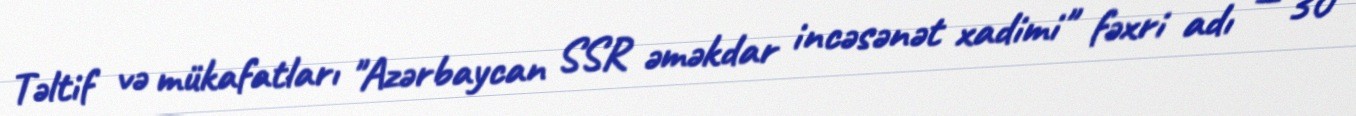
Təltif və mükafatları "Azərbaycan SSR əməkdar incəsənət xadimi" fəxri adı — 30